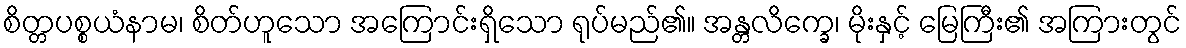
စိတ္တပစ္စယံနာမ၊ စိတ်ဟူသော အကြောင်းရှိသော ရုပ်မည်၏။ အန္တလိက္ခေ၊ မိုးနှင့် မြေကြီး၏ အကြားတွင်